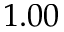
1 . 0 0